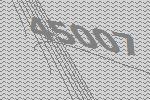
45007